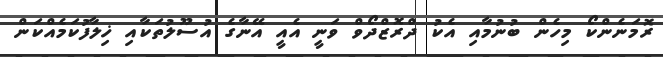
ރޮމަނެންކޯ މިހެން ބުނުމާއި އެކު ދްރޮޒްދޯވް ވަނީ އެއީ އޭނާގެ އުސޫލުތަކާއި ޚިލާފުކަމެއްކަން